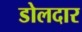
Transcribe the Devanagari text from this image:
डोलदार